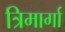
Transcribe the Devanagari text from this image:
त्रिमार्गा